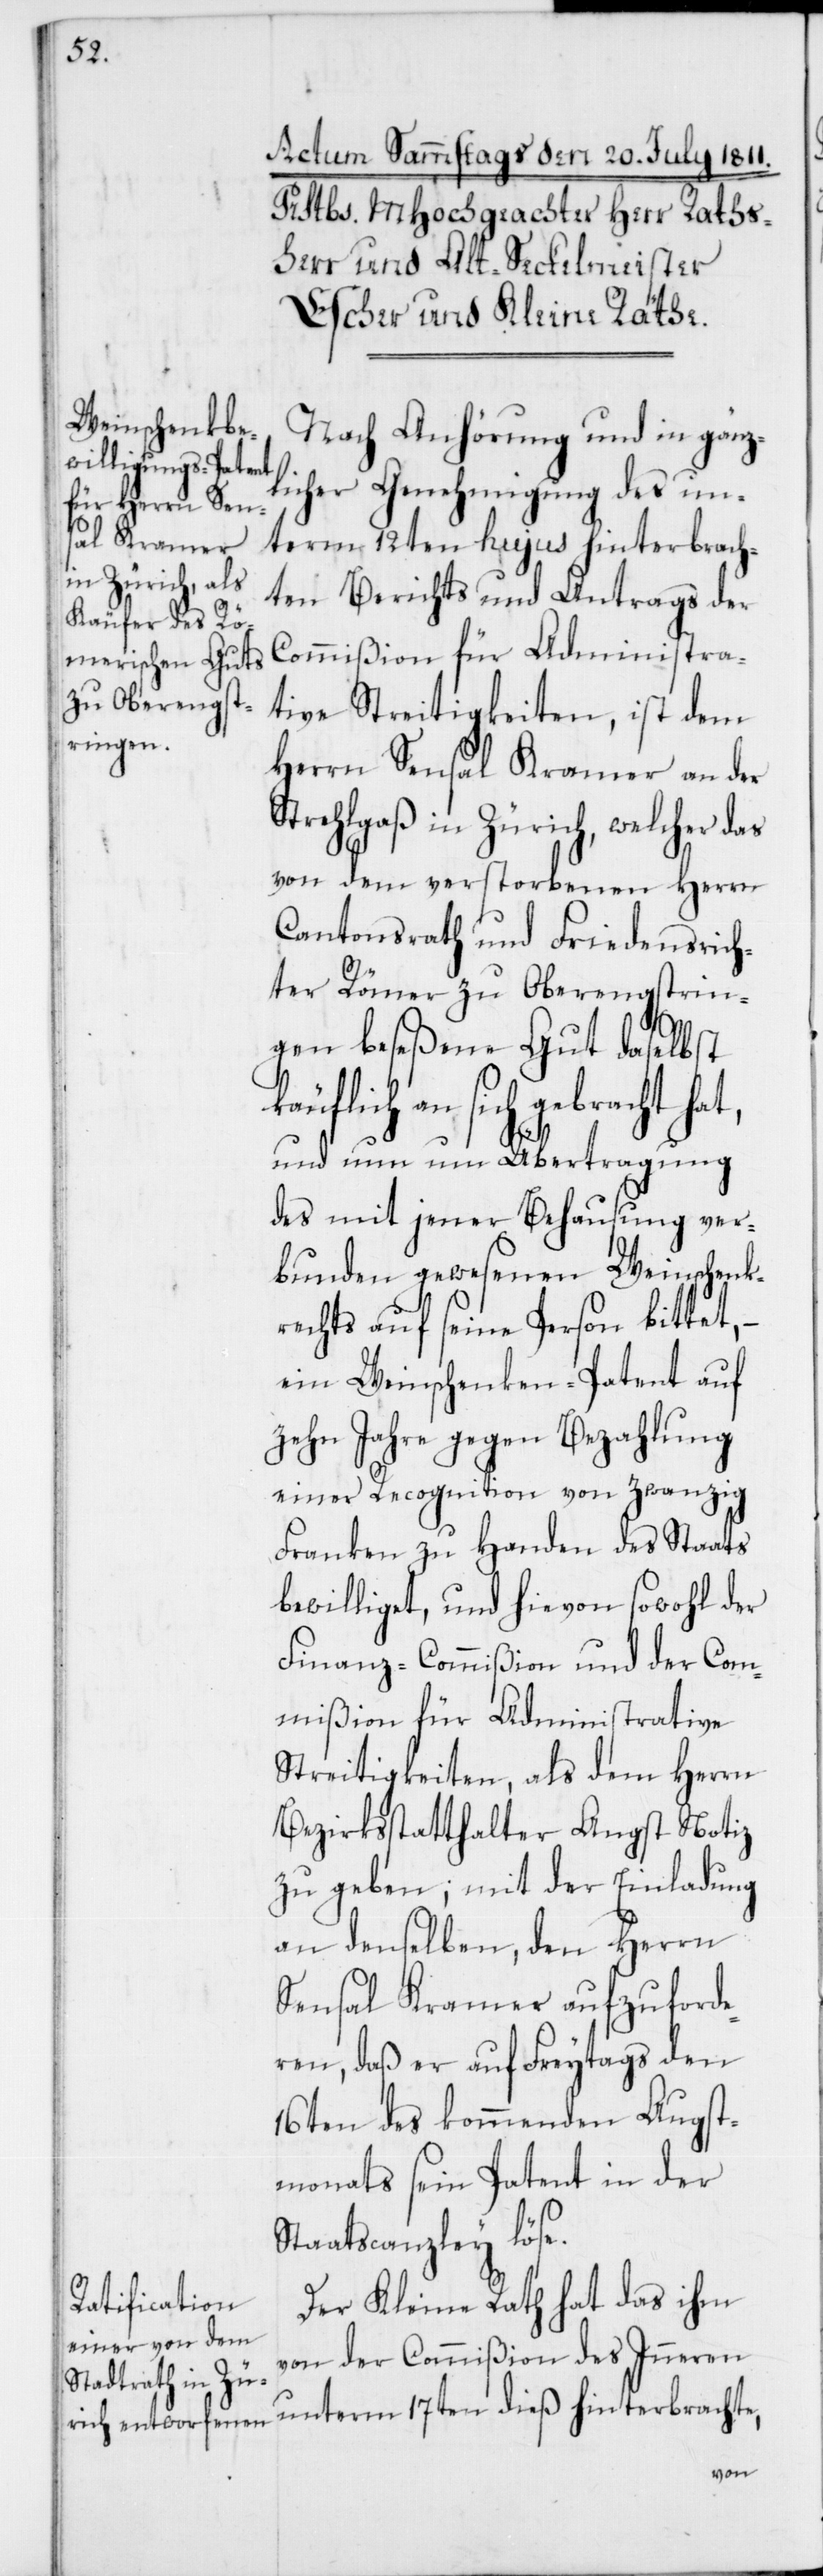
k¬

Nach Anhörung und in gänz¬
licher Genehmigung des un¬
term 12ten hujus hinterbrach¬
ten Berichts und Antrags der
Commißion für Administra¬
tive Streitigkeiten, ist dem
Herrn Sensal Kramer an der
Strehlgaß in Zürich, welcher das
von dem verstorbenen Herrn
Cantonsrath und Friedensrich¬
ter Römer zu Oberengstrin¬
gen beseßene Gut daselbst
äuflich an sich gebracht
und nun um Übertragung
des mit jener Behausung ver¬
bunden gewesenen Weinschenk¬
rechts auf seine Person bittet,
ein Weinschenken-Patent auf
zehn Jahre gegen Bezahlung
einer Recognition von zwanzig
Franken zu Handen des Staats
bewilliget, und hievon sowohl der
Finanz-Commißion und der Com¬
mißion für Administrative
Streitigkeiten, als dem Herrn
Bezirksstatthalter Angst Notiz
zu geben; mit der Einladung
an denselben, den Herrn
Sensal Kramer aufzuforde¬
ren, daß er auf Freytags den
16ten des kommenden Augst¬
monats seyn Patent in der
Staatscanzley löse.
Der Kleine Rath hat das ihm
von der Commißion des Inneren
unterm 17ten dieß hinterbrachte,